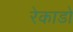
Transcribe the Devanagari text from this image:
रेकाडो